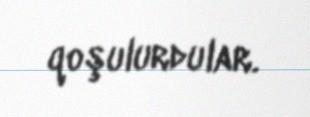
qoşulurdular.